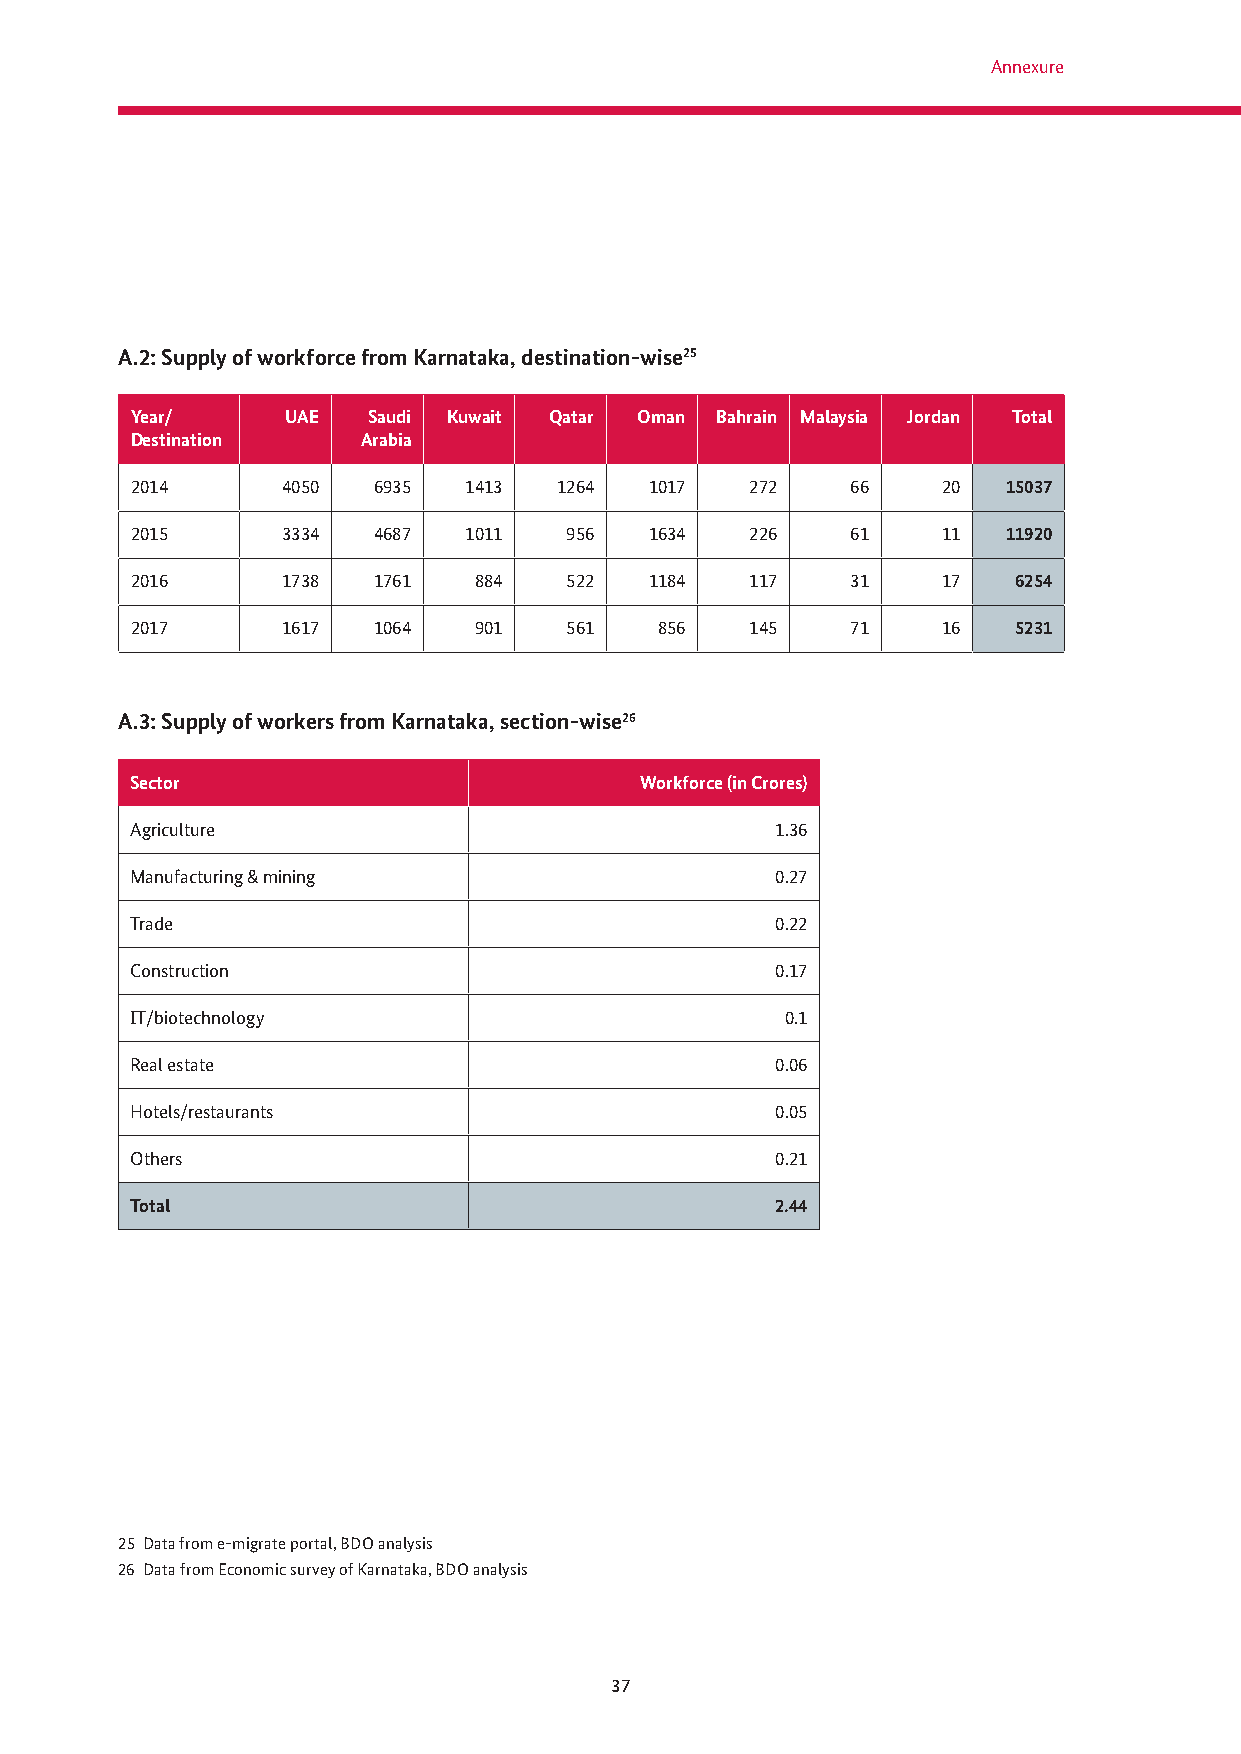
Annexure
 A.2: Supply of workforce from Karnataka, destination-wise25
 Year/     UAE  Saudi Kuwait Qatar Oman Bahrain Malaysia Jordan Total
 Destination    Arabia
 2014      4050  6935  1413  1264  1017   272   66    20   15037
 2015      3334  4687  1011  956   1634   226   61    11   11920
 2016      1738  1761  884   522   1184   117   31    17   6254
 2017      1617  1064  901   561    856   145   71    16   5231
 A.3: Supply of workers from Karnataka, section-wise26
 Sector                           Workforce (in Crores)
 Agriculture                               1.36
 Manufacturing & mining                    0.27
 Trade                                     0.22
 Construction                              0.17
 IT/biotechnology                           0.1
 Real estate                               0.06
 Hotels/restaurants                        0.05
 Others                                    0.21
 Total                                     2.44
 25 Data from e-migrate portal, BDO analysis
 26 Data from Economic survey of Karnataka, BDO analysis
 37